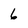
Character: 6